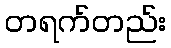
တရက်တည်း